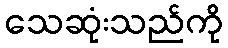
သေဆုံးသည်ကို